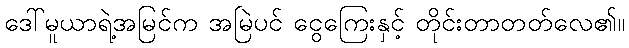
ဒေါ်မူယာရဲ့အမြင်က အမြဲပင် ငွေကြေးနှင့် တိုင်းတာတတ်လေ၏။